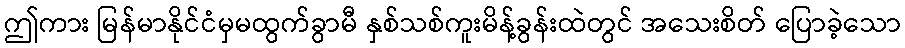
ဤကား မြန်မာနိုင်ငံမှမထွက်ခွာမီ နှစ်သစ်ကူးမိန့်ခွန်းထဲတွင် အသေးစိတ် ပြောခဲ့သော